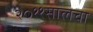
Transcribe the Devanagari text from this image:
२०११सालचा